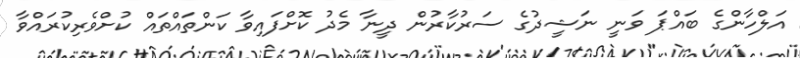
އަލްހާންގެ ބައްޕަ ވަނީ ނަޝީދުގެ ސަރުކާރުން ދީނާ މެދު ކޮށްފައިވާ ކަންތައްތައް ކުށްވެރިކުރައްވާ